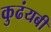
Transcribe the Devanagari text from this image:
कुढंयबी